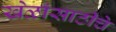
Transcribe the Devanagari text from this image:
खेळांसाठीचे